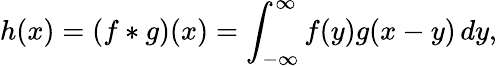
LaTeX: h(x)=(f*g)(x)=\int_{-\infty}^{\infty}f(y)g(x-y)\, dy,